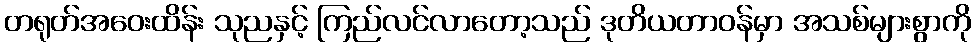
တရုတ်အဝေးထိန်း သုညနှင့် ကြည်လင်လာတော့သည် ဒုတိယတာဝန်မှာ အသစ်များစွာကို